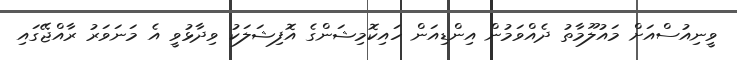
ވީނިއުސްއަށް މައުލޫމާތު ދެއްވަމުން އިންޑިއަން ހައިކޮމިޝަންގެ އޮފިޝަލަކު ވިދާޅުވީ އެ މަނަވަރު ރާއްޖޭގައި